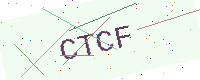
Text: CTCF